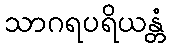
သာဂရပရိယန္တံ